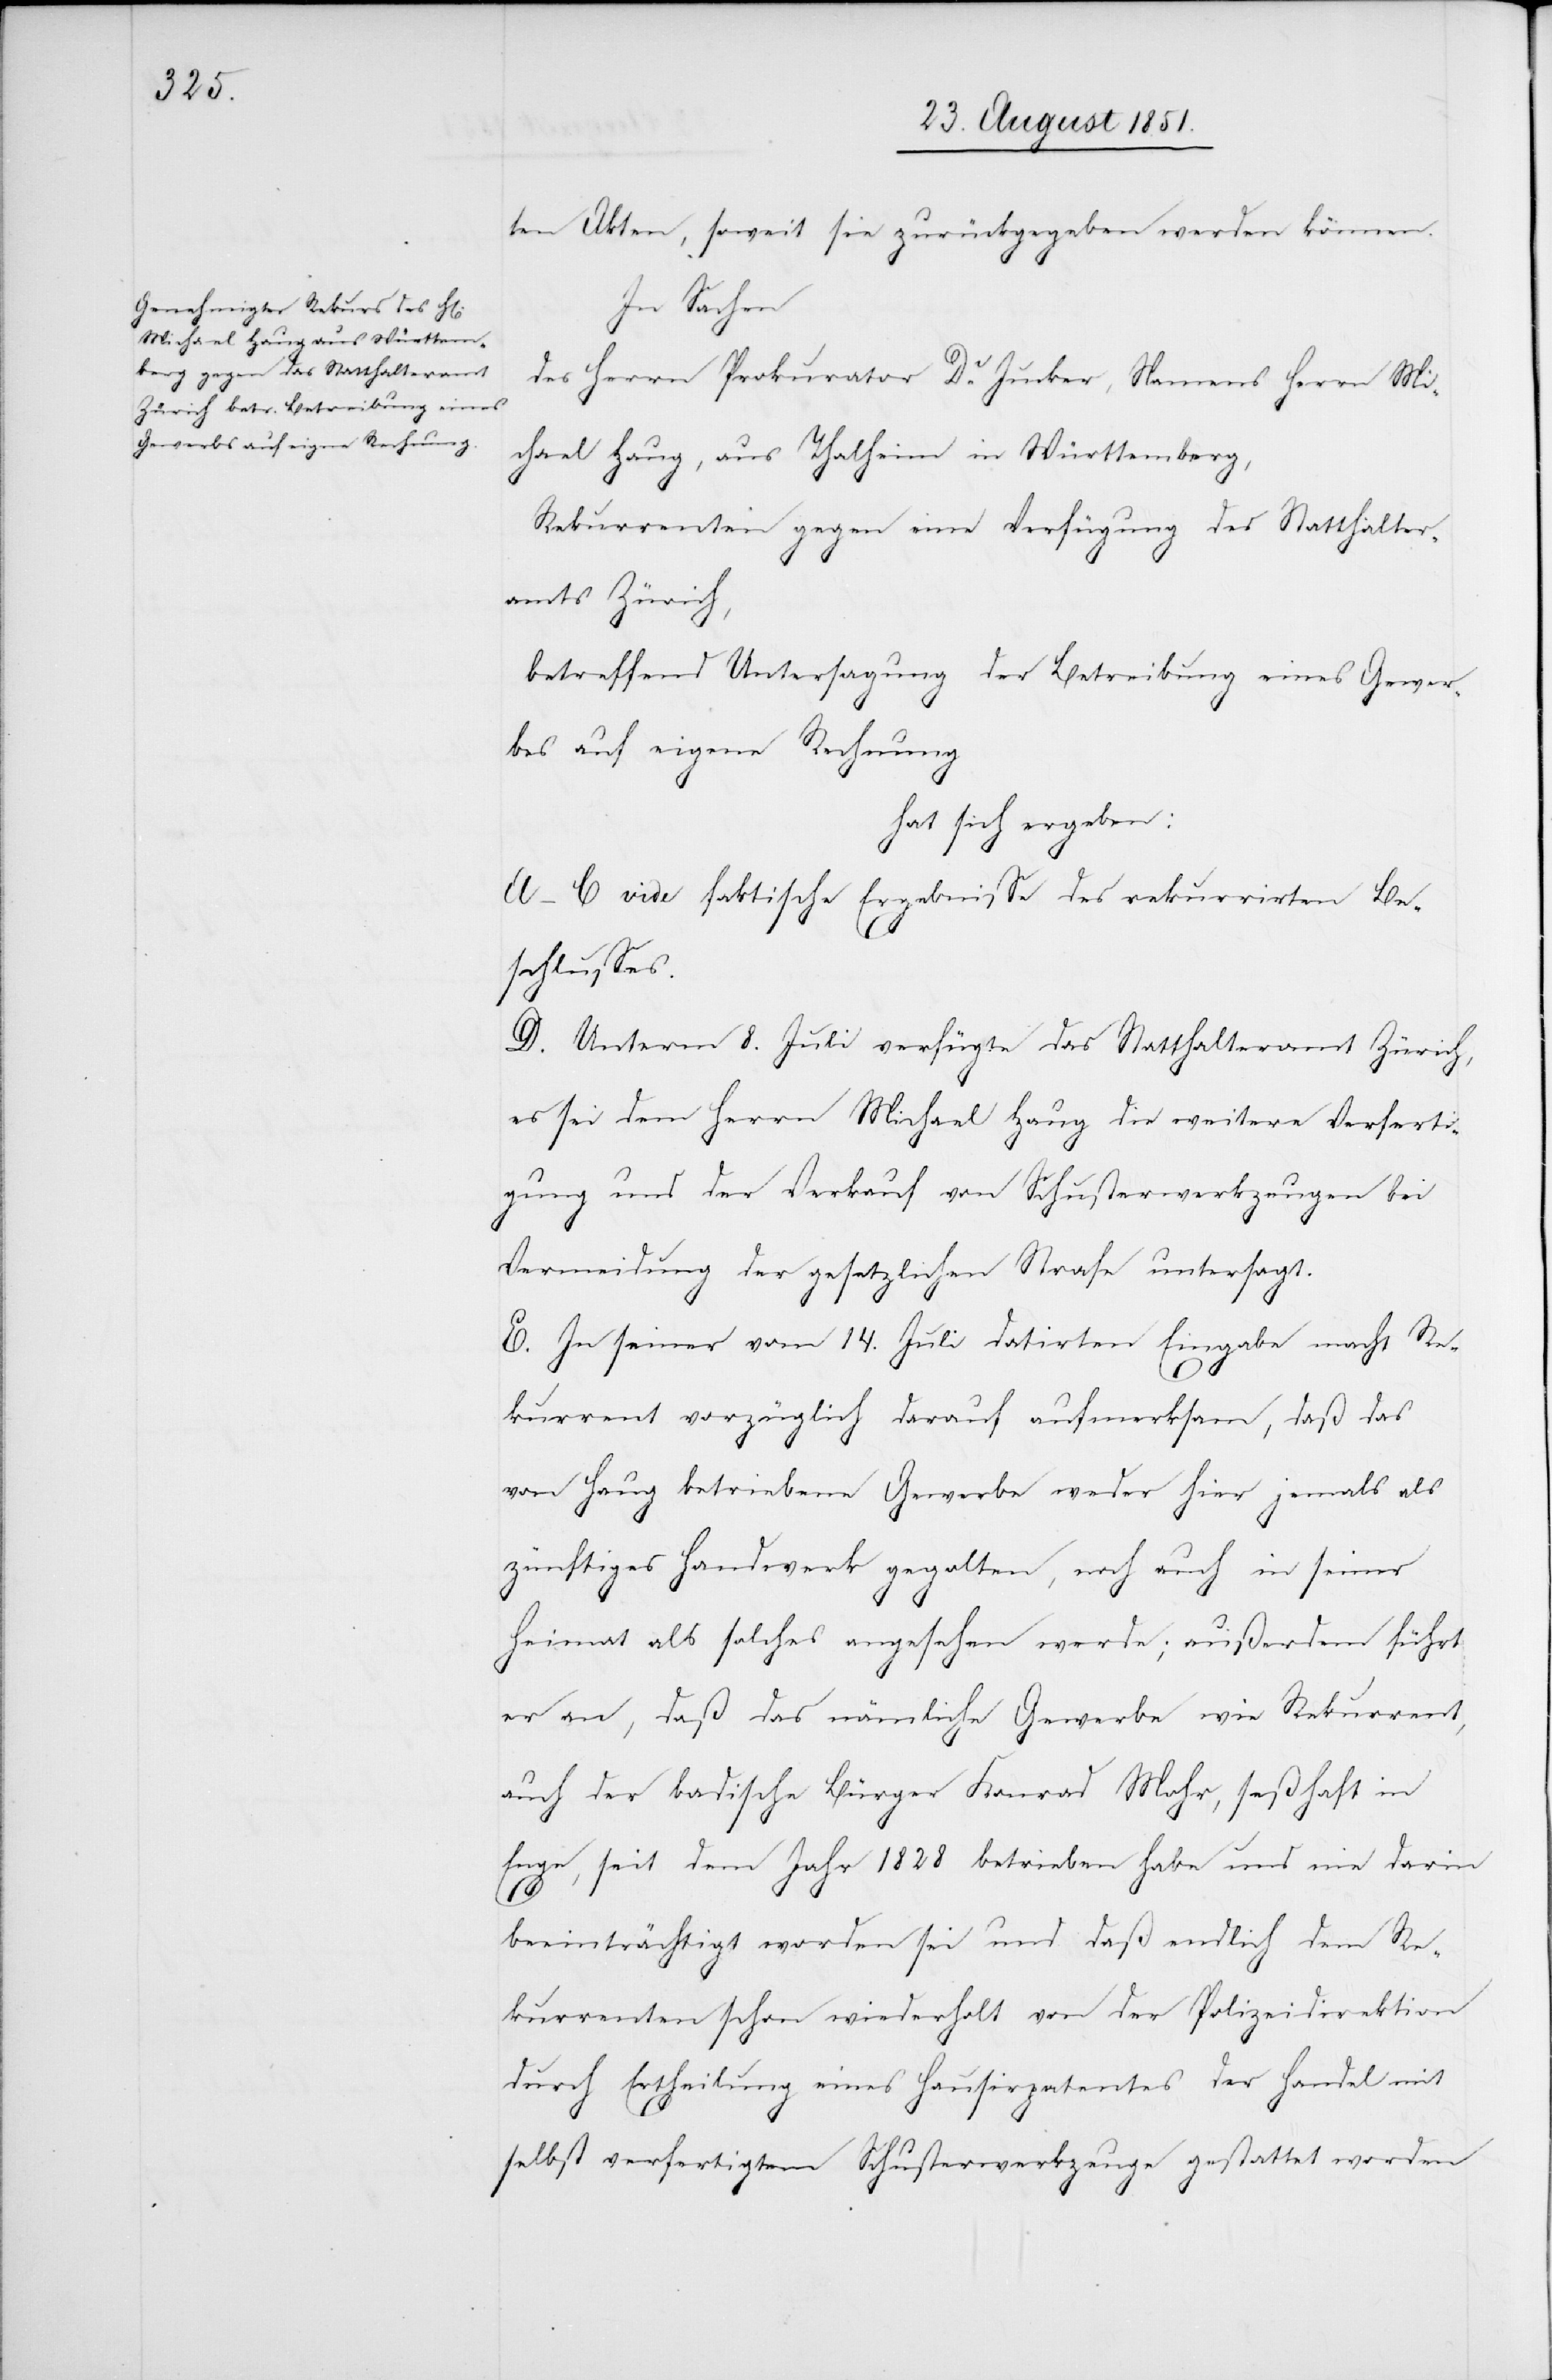
ten Akten, soweit sie zurückgegeben werden können.
In Sachen
des Herrn Prokurator Dr. Jucker, Namens Herrn Mi¬
chael Haug, aus Thalheim in Württemberg,
Rekurrenten gegen eine Verfügung des Statthalter¬
amts Zürich,
betreffend Untersagung der Betreibung eines Gewer¬
bes auf eigene Rechnung
hat sich ergeben:
A–C vide faktische Ergebnisse des rekurrirten Be¬
schlusses.
D. Unterm 8. Juli verfügte das Statthalteramt Zürich,
es sei dem Herrn Michael Haug die weitere Verferti¬
gung und der Verkauf von Schusterwerkzeugen bei
Vermeidung der gesetzlichen Strafe untersagt.
E. In seiner vom 14. Juli datirten Eingabe macht Re¬
kurrent vorzüglich darauf aufmerksam, daß das
von Haug betriebene Gewerbe weder hier jemals als
zünftiges Handwerk gegolten, noch auch in seiner
Heimat als solches angesehen werde; außerdem führt
er an, daß das nämliche Gewerbe wie Rekurrent,
auch der badische Bürger Konrad Mohr, seßhaft in
Enge, seit dem Jahr 1828 betrieben habe und nie darin
beeinträchtigt worden sei und daß endlich dem Re¬
kurrenten schon wiederholt von der Polizeidirektion
durch Ertheilung eines Hausirpatentes der Handel mit
selbst verfertigtem Schusterwerkzeuge gestattet worden